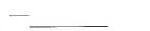
——___